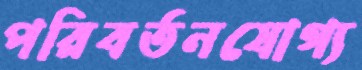
পরিবর্তনযোগ্য